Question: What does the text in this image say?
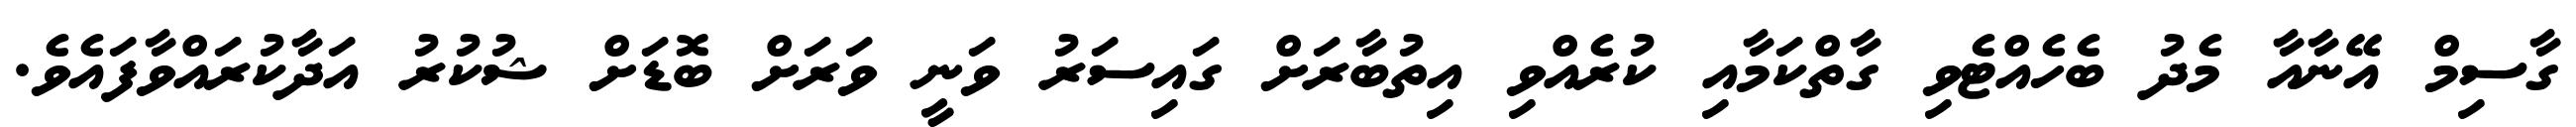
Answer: ގާސިމް އޭނާއާ މެދު ބެހެއްޓެވި ގާތްކަމާއި ކުރެއްވި އިތުބާރަށް ގައިސަރު ވަނީ ވަރަށް ބޮޑަށް ޝުކުރު އަދާކުރައްވާފައެވެ.